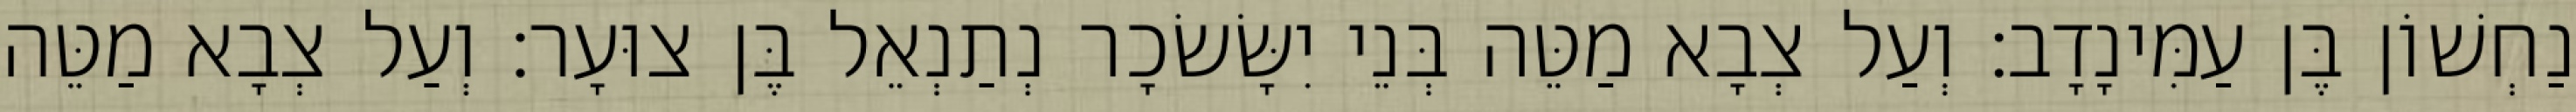
נַחְשׁוֹן בֶּן עַמִּינָדָב׃ וְעַל צְבָא מַטֵּה בְּנֵי יִשָּׂשׂכָר נְתַנְאֵל בֶּן צוּעָר׃ וְעַל צְבָא מַטֵּה